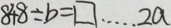
8 4 8 \div b = \square \cdots 2 a